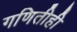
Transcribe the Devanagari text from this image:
गणितीही